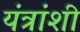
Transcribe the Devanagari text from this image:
यंत्रांशी